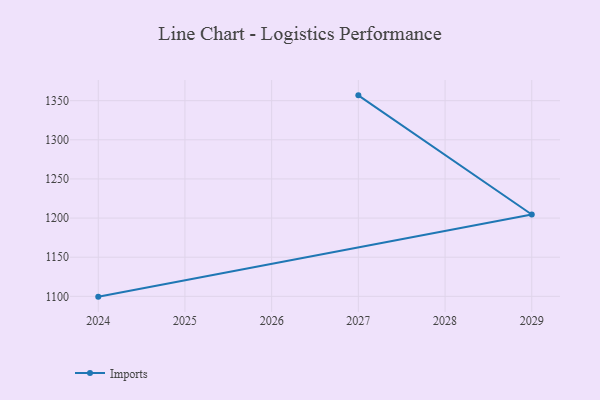
{"axis": {"x": "Year", "y": "Waste Production (Tons)"}, "legend": ["Imports"], "data": [{"x": "2024", "y": 1099.6, "type": "Imports"}, {"x": "2029", "y": 1204.5, "type": "Imports"}, {"x": "2027", "y": 1356.8, "type": "Imports"}]}